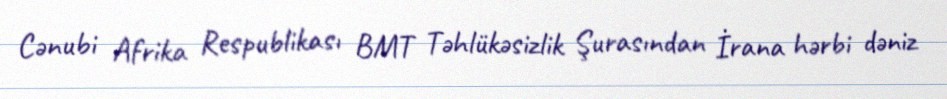
Cənubi Afrika Respublikası BMT Təhlükəsizlik Şurasından İrana hərbi dəniz